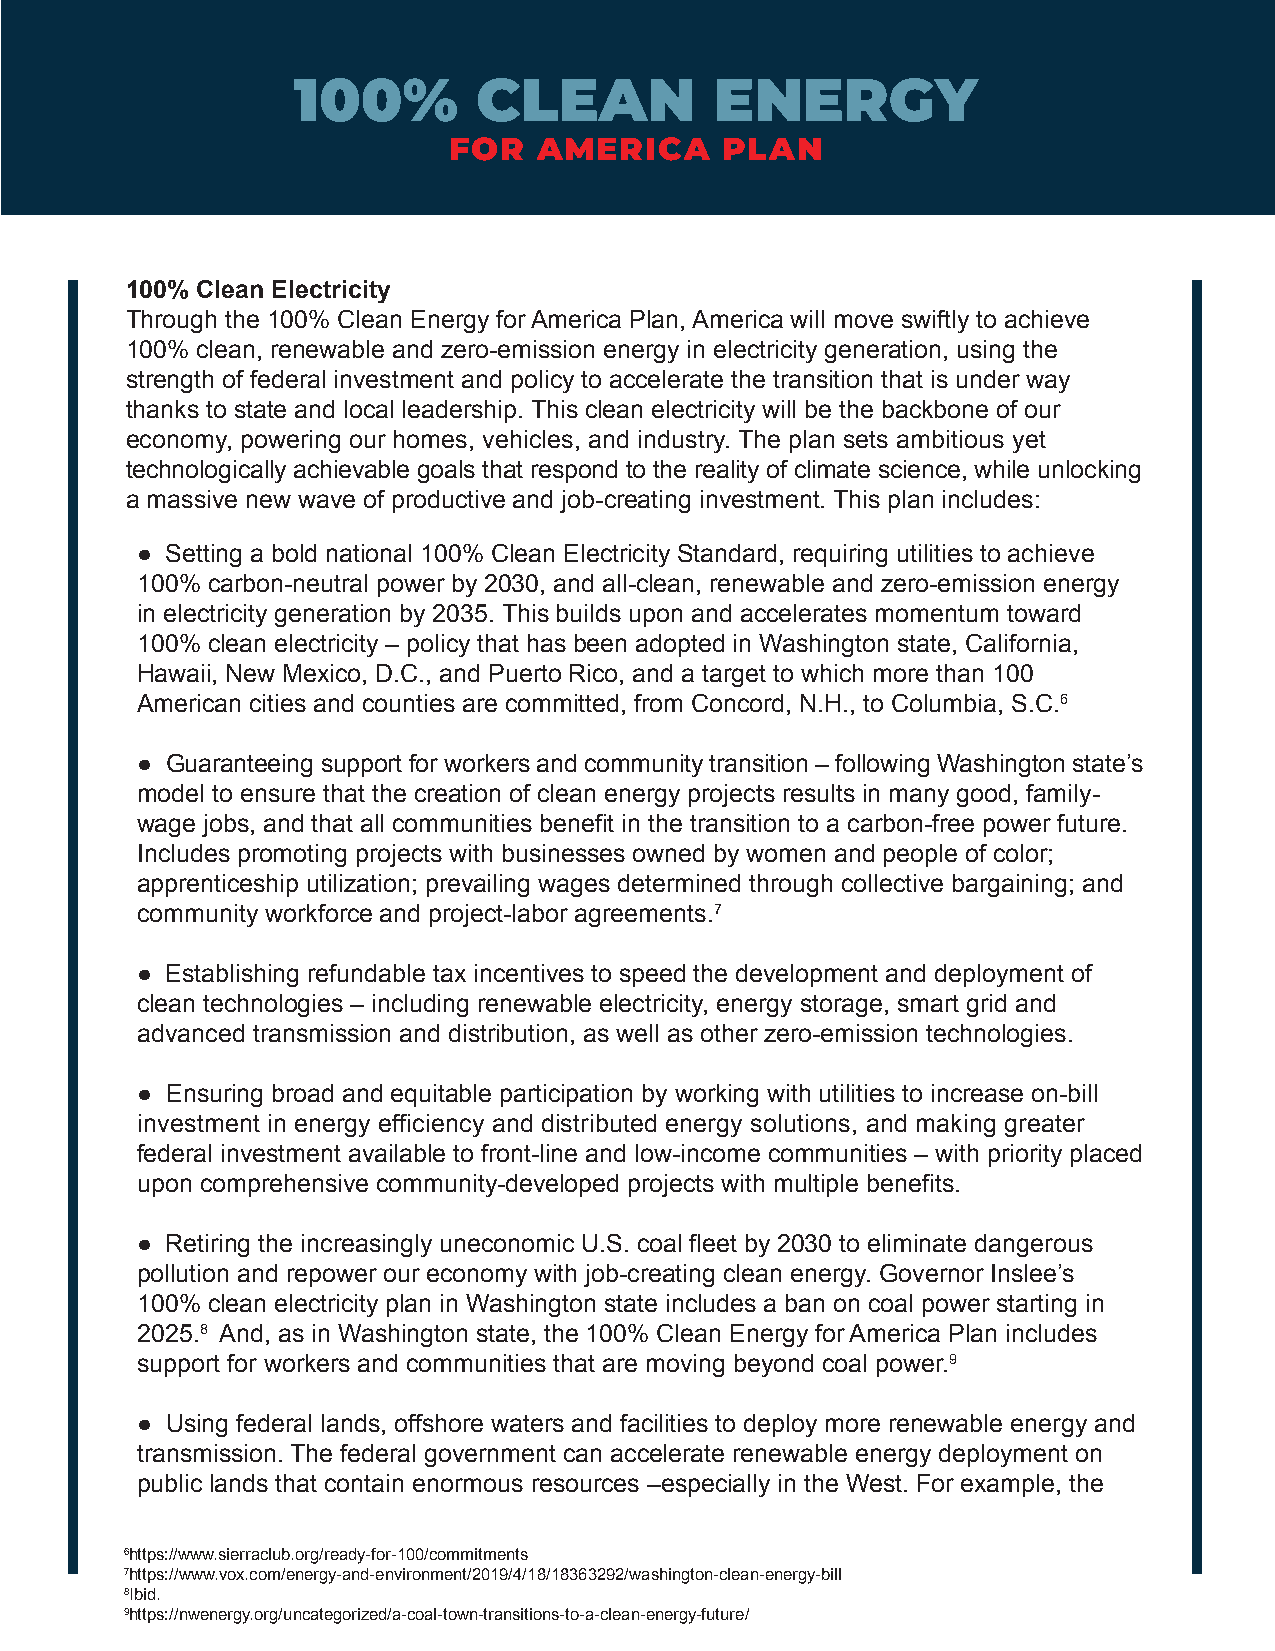
100%         CLEAN          ENERGY
 FOR   AMERICA     PLAN
 100% Clean Electricity
 Through the 100% Clean Energy for America Plan, America will move swiftly to achieve
 100% clean, renewable and zero-emission energy in electricity generation, using the
 strength of federal investment and policy to accelerate the transition that is under way
 thanks to state and local leadership. This clean electricity will be the backbone of our
 economy, powering our homes, vehicles, and industry. The plan sets ambitious yet
 technologically achievable goals that respond to the reality of climate science, while unlocking
 a massive new wave of productive and job-creating investment. This plan includes:
 ● Setting a bold national 100% Clean Electricity Standard, requiring utilities to achieve
 100% carbon-neutral power by 2030, and all-clean, renewable and zero-emission energy
 in electricity generation by 2035. This builds upon and accelerates momentum toward
 100% clean electricity – policy that has been adopted in Washington state, California,
 Hawaii, New Mexico, D.C., and Puerto Rico, and a target to which more than 100
 American cities and counties are committed, from Concord, N.H., to Columbia, S.C.6
 ● Guaranteeing support for workers and community transition – following Washington state’s
 model to ensure that the creation of clean energy projects results in many good, family-
 wage jobs, and that all communities benefit in the transition to a carbon-free power future.
 Includes promoting projects with businesses owned by women and people of color;
 apprenticeship utilization; prevailing wages determined through collective bargaining; and
 community workforce and project-labor agreements.7
 ● Establishing refundable tax incentives to speed the development and deployment of
 clean technologies – including renewable electricity, energy storage, smart grid and
 advanced transmission and distribution, as well as other zero-emission technologies.
 ● Ensuring broad and equitable participation by working with utilities to increase on-bill
 investment in energy efficiency and distributed energy solutions, and making greater
 federal investment available to front-line and low-income communities – with priority placed
 upon comprehensive community-developed projects with multiple benefits.
 ● Retiring the increasingly uneconomic U.S. coal fleet by 2030 to eliminate dangerous
 pollution and repower our economy with job-creating clean energy. Governor Inslee’s
 100% clean electricity plan in Washington state includes a ban on coal power starting in
 2025.8 And, as in Washington state, the 100% Clean Energy for America Plan includes
 support for workers and communities that are moving beyond coal power.9
 ● Using federal lands, offshore waters and facilities to deploy more renewable energy and
 transmission. The federal government can accelerate renewable energy deployment on
 public lands that contain enormous resources –especially in the West. For example, the
 6https://www.sierraclub.org/ready-for-100/commitments
 7https://www.vox.com/energy-and-environment/2019/4/18/18363292/washington-clean-energy-bill
 8Ibid.
 9https://nwenergy.org/uncategorized/a-coal-town-transitions-to-a-clean-energy-future/